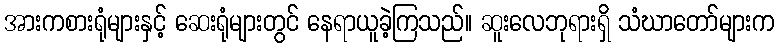
အားကစားရုံများနှင့် ဆေးရုံများတွင် နေရာယူခဲ့ကြသည်။ ဆူးလေဘုရားရှိ သံဃာတော်များက